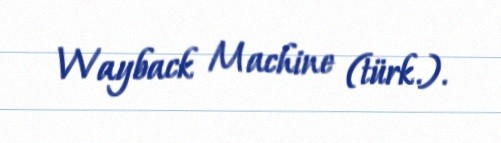
Wayback Machine (türk.).